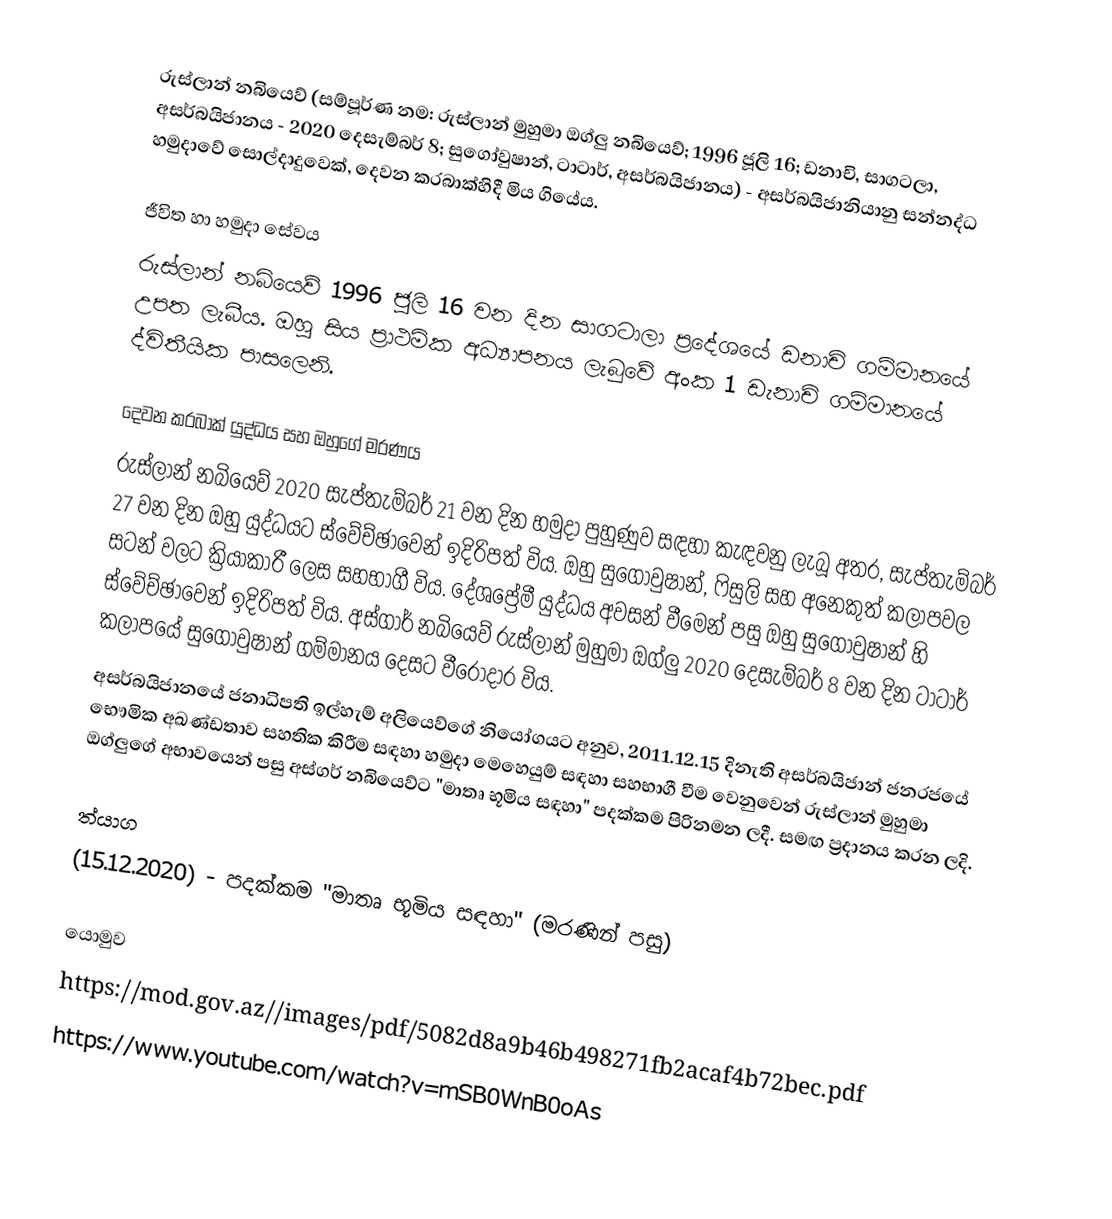
රුස්ලාන් නබියෙව් (සම්පූර්ණ නම: රුස්ලාන් මුහුමා ඔග්ලු නබියෙව්; 1996 ජූලි 16; ඩනාචි, සාගටලා, අසර්බයිජානය - 2020 දෙසැම්බර් 8; සුගෝවුෂාන්, ටාටාර්, අසර්බයිජානය) - අසර්බයිජානියානු සන්නද්ධ හමුදාවේ සොල්දාදුවෙක්, දෙවන කරබාක්හිදී මිය ගියේය.

ජීවිත හා හමුදා සේවය
රුස්ලාන් නබියෙව් 1996 ජූලි 16 වන දින සාගටාලා ප්‍රදේශයේ ඩනාචි ගම්මානයේ උපත ලැබීය. ඔහු සිය ප්‍රාථමික අධ්‍යාපනය ලැබුවේ අංක 1 ඩැනාචි ගම්මානයේ ද්විතීයික පාසලෙනි.

දෙවන කරබාක් යුද්ධය සහ ඔහුගේ මරණය
රුස්ලාන් නබියෙව් 2020 සැප්තැම්බර් 21 වන දින හමුදා පුහුණුව සඳහා කැඳවනු ලැබූ අතර, සැප්තැම්බර් 27 වන දින ඔහු යුද්ධයට ස්වේච්ඡාවෙන් ඉදිරිපත් විය. ඔහු සුගෝවුෂාන්, ෆිසුලි සහ අනෙකුත් කලාපවල සටන් වලට ක්‍රියාකාරී ලෙස සහභාගී විය. දේශප්‍රේමී යුද්ධය අවසන් වීමෙන් පසු ඔහු සුගෝවුෂාන් හි ස්වේච්ඡාවෙන් ඉදිරිපත් විය. අස්ගාර් නබියෙව් රුස්ලාන් මුහුමා ඔග්ලු 2020 දෙසැම්බර් 8 වන දින ටාටාර් කලාපයේ සුගෝවුෂාන් ගම්මානය දෙසට වීරෝදාර විය.
අසර්බයිජානයේ ජනාධිපති ඉල්හැම් අලියෙව්ගේ නියෝගයට අනුව, 2011.12.15 දිනැති අසර්බයිජාන් ජනරජයේ භෞමික අඛණ්ඩතාව සහතික කිරීම සඳහා හමුදා මෙහෙයුම් සඳහා සහභාගී වීම වෙනුවෙන් රුස්ලාන් මුහුමා ඔග්ලුගේ අභාවයෙන් පසු අස්ගර් නබියෙව්ට "මාතෘ භූමිය සඳහා" පදක්කම පිරිනමන ලදී. සමඟ ප්‍රදානය කරන ලදි.

ත්යාග
(15.12.2020) - පදක්කම "මාතෘ භූමිය සඳහා" (මරණින් පසු)

යොමුව
https://mod.gov.az//images/pdf/5082d8a9b46b498271fb2acaf4b72bec.pdf
https://www.youtube.com/watch?v=mSB0WnB0oAs